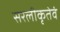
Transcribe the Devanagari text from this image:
सरलीकृतेवं